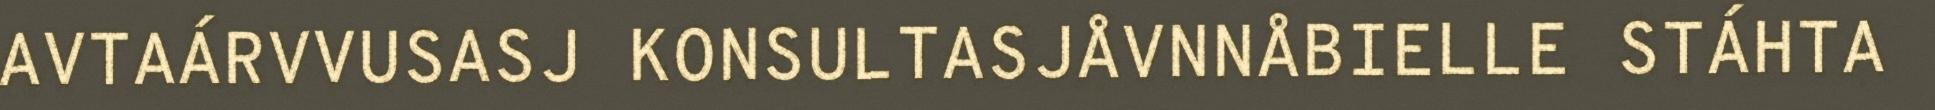
AVTAÁRVVUSASJ KONSULTASJÅVNNÅBIELLE STÁHTA